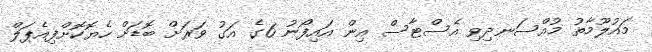
މައުލޫމާތު މުއްސަނދިވި އެސްޓާސް އިން އައިފޯނު 6ގެ އަގު ވަރަށް ބޮޑަށް ހެޔޮކޮށްފިއެޕަލް